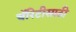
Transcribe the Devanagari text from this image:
चॅरिटीसाठी